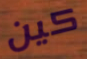
كين